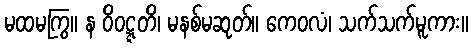
မထမကြွ။ န ဝိဝဋ္ဋတိ၊ မနစ်မဆုတ်။ ကေဝလံ၊ သက်သက်မူကား။